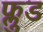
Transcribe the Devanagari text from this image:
फ्लुड